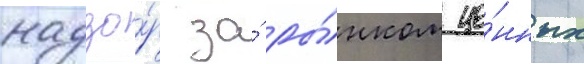
надзо́р за́ ры́нком це́нных